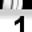
Digit: 1